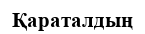
Қараталдың